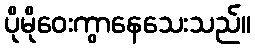
ပိုမိုဝေးကွာနေသေးသည်။